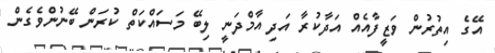
އޭގެ އިތުރުން ވަޒީފާއެއް އަދާކުރާ އަދި އާމްދަނީ ލިބޭ މަސައްކަތް ކުރަން ބޭނުންވެގެން